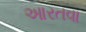
આરતવા